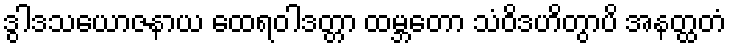
ဒွါဒသယောဇနာယ ထေရဝါဒတ္တာ ထမ္ဘတော သံဝိဒဟိတွာပိ အနတ္ထတံ